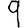
Digit: 9